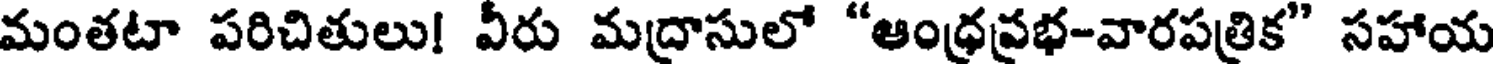
మంతటా పరిచితులు! వీరు మద్రాసులో "ఆంధ్రప్రభ-వారపత్రిక" సహాయ